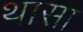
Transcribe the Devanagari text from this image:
थासा